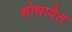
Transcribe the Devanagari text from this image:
शोधावेत